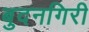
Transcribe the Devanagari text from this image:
बुदनगिरी